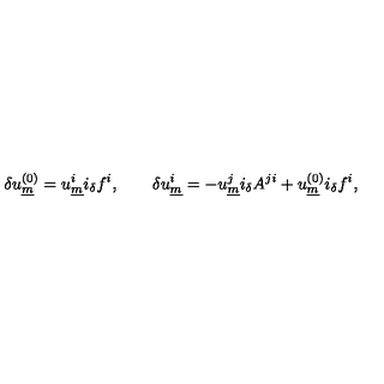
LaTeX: \delta u _ { \underline { { m } } } ^ { ( 0 ) } = u _ { \underline { { m } } } ^ { i } i _ { \delta } f ^ { i } , \qquad \delta u _ { \underline { { m } } } ^ { i } = - u _ { \underline { { m } } } ^ { j } i _ { \delta } A ^ { j i } + u _ { \underline { { m } } } ^ { ( 0 ) } i _ { \delta } f ^ { i } ,